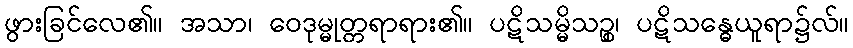
ဖွားခြင်လေ၏။ အသာ၊ ဝေဒုမ္မုတ္တရာရား၏။ ပဋိသမ္မိသဉ္စ၊ ပဋိသန္ဓေယူရာ၌လ်။